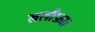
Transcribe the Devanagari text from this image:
खलीफ़ा।